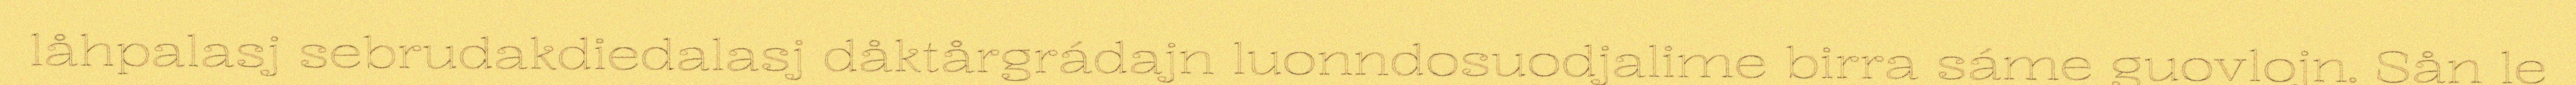
låhpalasj sebrudakdiedalasj dåktårgrádajn luonndosuodjalime birra sáme guovlojn. Sån le